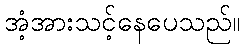
အံ့အားသင့်နေပေသည်။